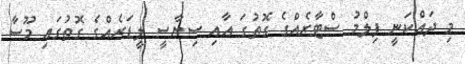
މި ދައްކަނީ ފިލްމު ސްޓާރެއްގެ ގޮތުގަ އާއި ސިޔާސީ ލީޑަރެއްގެ ގޮތުގައި މޫސާ